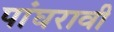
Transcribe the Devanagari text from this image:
पांघरावी